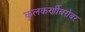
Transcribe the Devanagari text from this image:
कुलकर्णीबरोबर